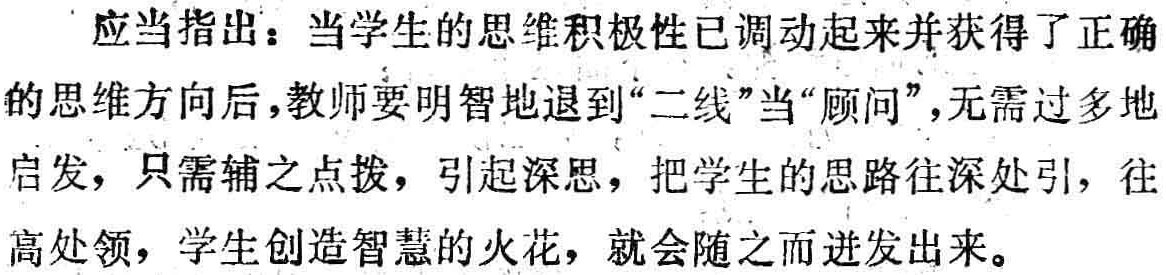
应当指出：当学生的思维积极性已调动起来并获得了正确的思维方向后，教师要明智地退到“二线”当“顾问”，无需过多地启发，只需辅之点拨，引起深思，把学生的思路往深处引，往高处领，学生创造智慧的火花，就会随之而迸发出来。